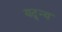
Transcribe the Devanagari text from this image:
यद्न्य